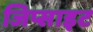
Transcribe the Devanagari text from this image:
जिप्साइट